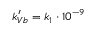
k _ { V b } ^ { \prime } = k _ { 1 } \cdot 1 0 ^ { - 9 }